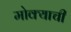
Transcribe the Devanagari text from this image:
मोक्याची